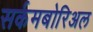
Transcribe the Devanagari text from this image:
सर्कमबोरिअल